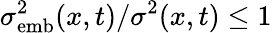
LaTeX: \sigma_{\mathrm{emb}}^{2}(x,t)/\sigma^{2}(x,t)\leq 1